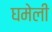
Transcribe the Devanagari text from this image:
घमेली